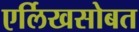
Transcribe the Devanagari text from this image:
एर्लिखसोबत